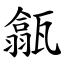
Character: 㽂